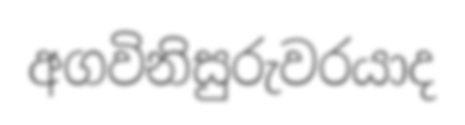
අගවිනිසුරුවරයාද